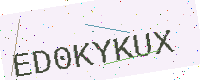
Text: ED0KYKUX